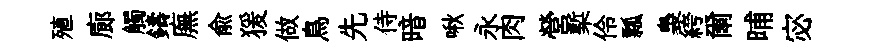
殖廊觸鑄廡俞猨做鳥先侍暗啾永肉營槧伶瓢裊絝爾晡宓